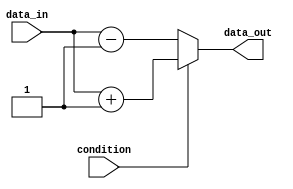
module if_else_block(
    input condition,
    input [7:0] data_in,
    output reg [7:0] data_out
);

always @(*) begin
    if (condition) begin
        // If block
        // Add your statements here
        data_out = data_in + 1;
    end
    else begin
        // Else block
        // Add your statements here
        data_out = data_in - 1;
    end
end

endmodule